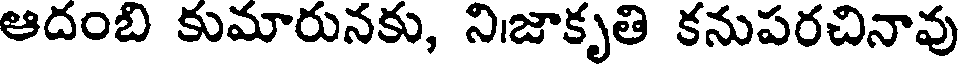
ఆదంబి కుమారునకు, నిజాకృతి కనుపరచినావు